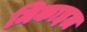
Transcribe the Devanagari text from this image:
मिकाइल